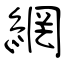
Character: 網